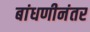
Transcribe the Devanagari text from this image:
बांधणीनंतर